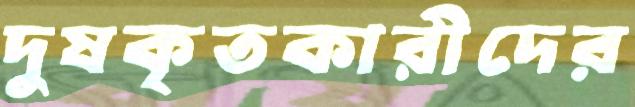
দুষকৃতকারীদের